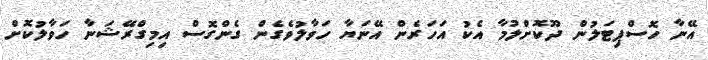
އޭނާ ހޮސްޕިޓަލުން ދޫކޮށްލުމާ އެކު އަހަރެން އޭނަޔާ ހަވާލުވެގެން ގެންގޮސް އިމިގްރޭޝަނާ ހަވާލުކޮށް